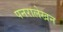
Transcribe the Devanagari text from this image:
पनरालेखन